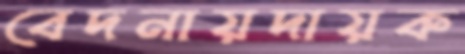
বেদনায়দায়ক